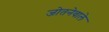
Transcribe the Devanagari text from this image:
जोतनेवाले